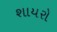
શાયરો